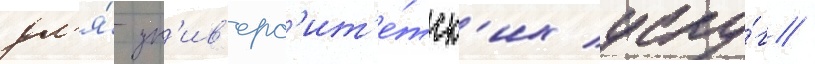
дл'я́ ун'ив'ерс'ит'е́тск'их услу́г /